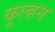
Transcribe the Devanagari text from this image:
कूल्हन